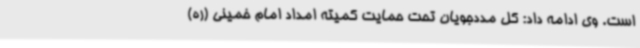
است. وی ادامه داد: کل مددجویان تحت حمایت کمیته امداد امام خمینی (ره)